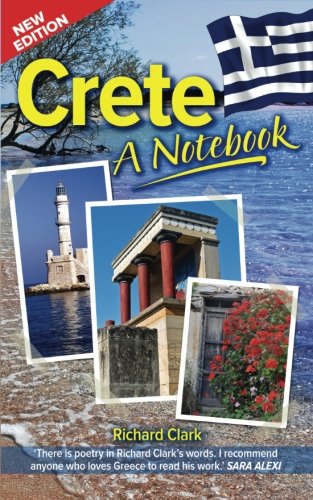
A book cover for Crete - A Notebook (New Edition); Richard Clark; Travel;